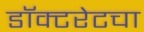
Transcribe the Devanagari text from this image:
डॉक्टरेटचा